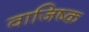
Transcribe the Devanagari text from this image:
वाजिष्क